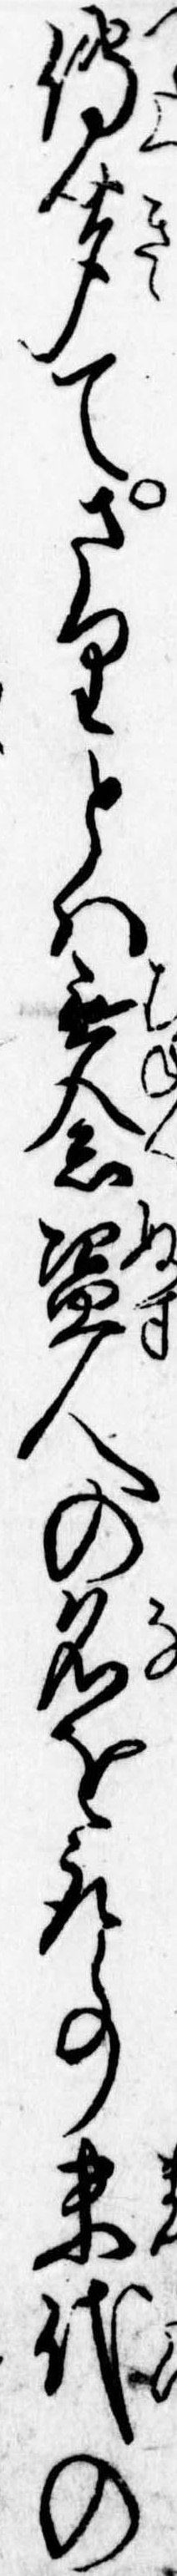
伝聞てさりとは無念盗人の名を取事末代の